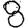
Digit: 8